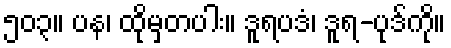
၅၀၃။ ပန၊ ထိုမှတပါး။ ဒူရပဒံ၊ ဒူရ-ပုဒ်ကို။